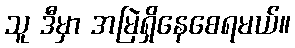
သူ ဒီမှာ အမြဲရှိနေစေရမယ်။